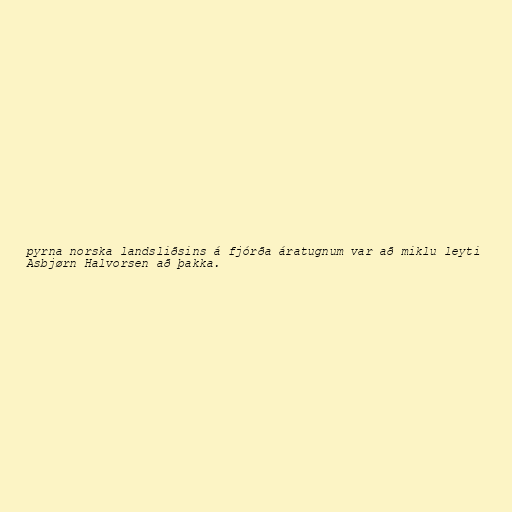
pyrna norska landsliðsins á fjórða áratugnum var að miklu leyti
Asbjørn Halvorsen að þakka.